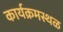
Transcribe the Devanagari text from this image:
कार्यक्रमस्थळ